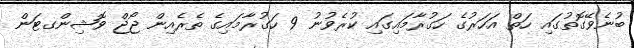
ބުނެވޭގޮތުގައި ހަތް އަހަރުގެ ހަގުރާމައިގައި ކުރެވުނު 9 ހަގުރާމައިގެ ތެރެއިން ޖޯޖް ވޮޝިންގޓަން